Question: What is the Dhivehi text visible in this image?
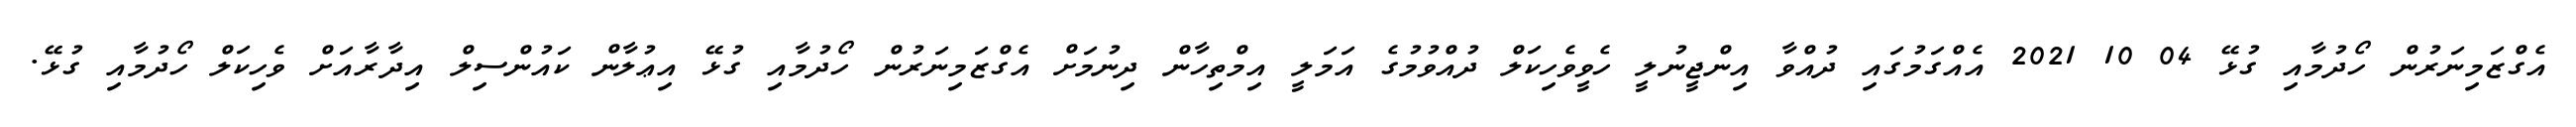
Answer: އެގްޒަމިނަރުން ހޯދުމާއި ގުޅޭ 04 10 2021 އެއްގަމުގައި ދުއްވާ އިންޖީނުލީ ހެވީވެހިކަލް ދުއްވުމުގެ އަމަލީ އިމްތިހާން ދިނުމަށް އެގްޒަމިނަރުން ހޯދުމާއި ގުޅޭ އިޢުލާން ކައުންސިލް އިދާރާއަށް ވެހިކަލް ހޯދުމާއި ގުޅޭ.